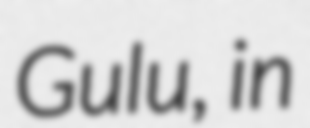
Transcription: Gulu, in